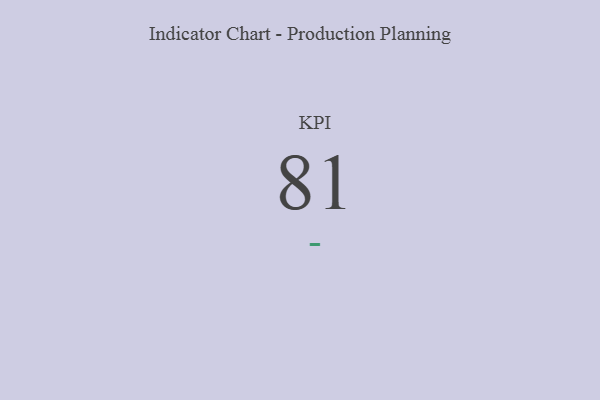
{"axis": {"x": "KPI", "y": "Value"}, "legend": [""], "data": [{"x": "KPI", "y": 81, "type": ""}]}